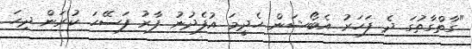
"ގާތްގާތުގަ ދެ ފަހަރު އެބޯޝަން ހެދީމަ އުފެދުނު ފާރު ފަސޭހަ ކުރަން ދިހަ